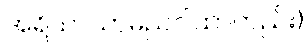
အရိယာသာမညဂါထာတည်း)